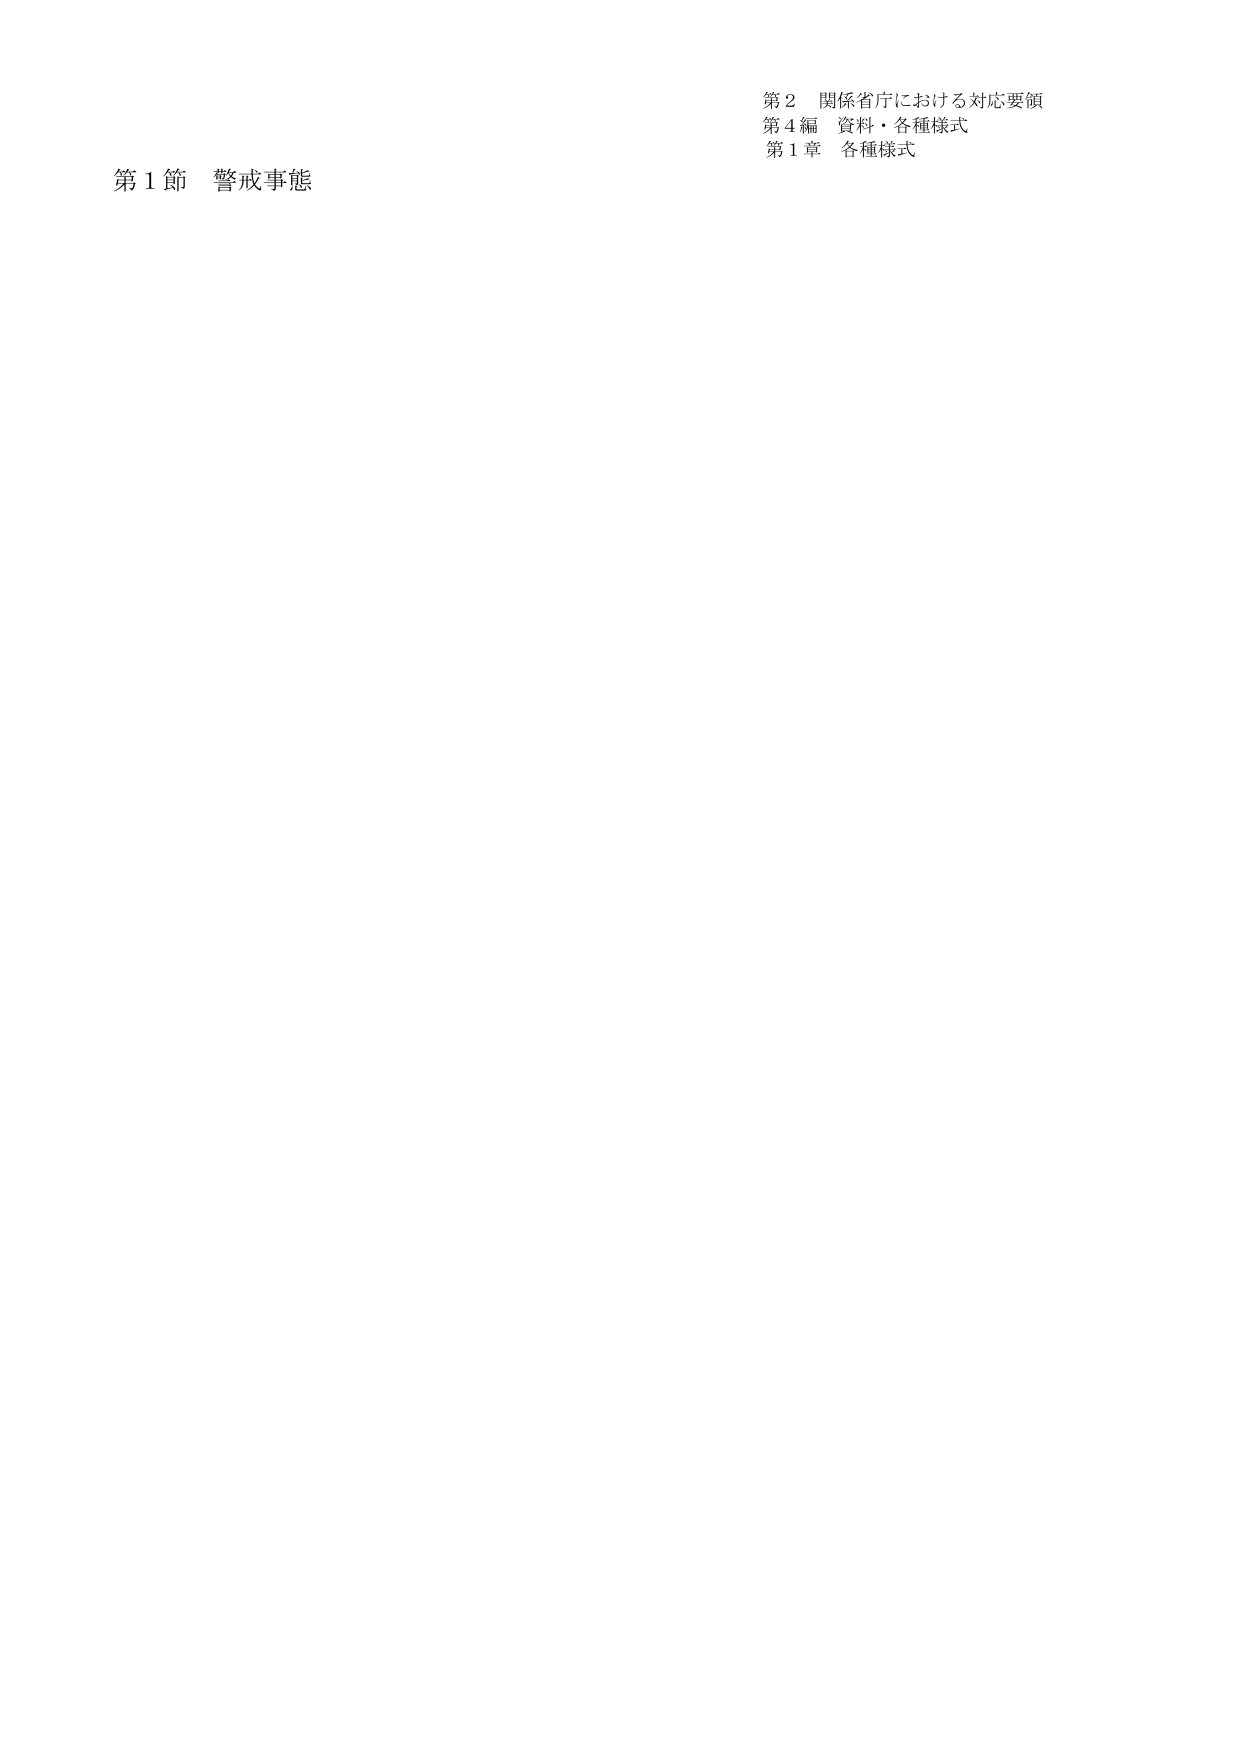
第２ 関係省庁における対応要領
第４編 資料・各種様式
第１章 各種様式

第１節 警戒事態